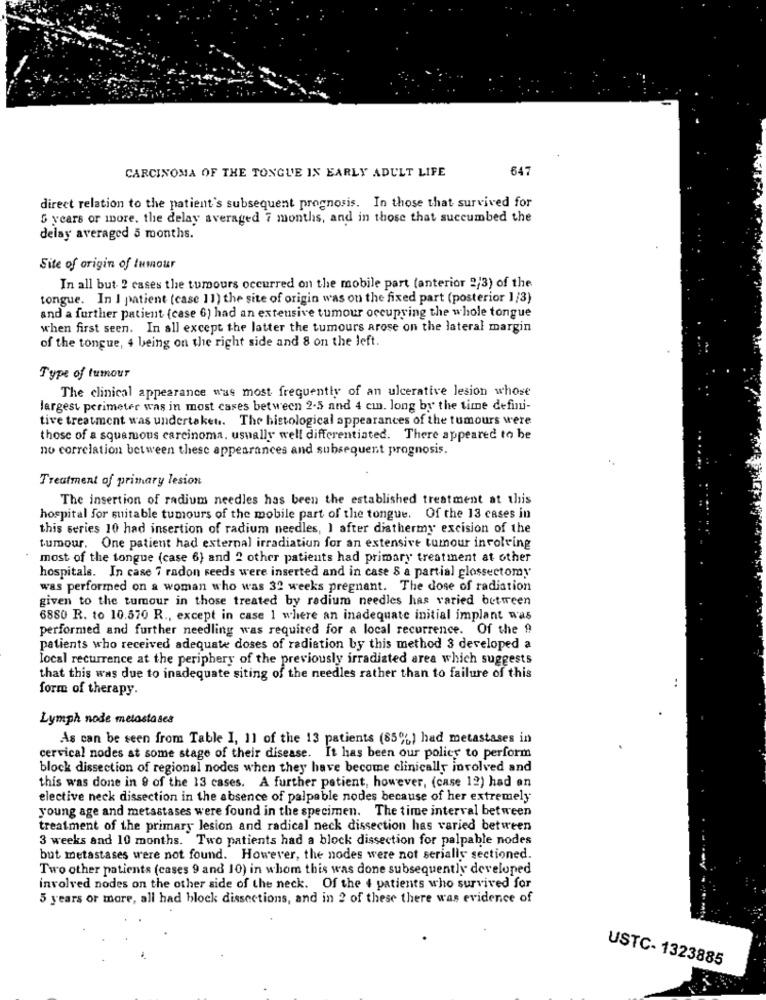
647
CARCINOMA OF THE TONGUE IN EARLY ADULT LIFE
direct relation to the patient's subsequent prognosis. In those that survived for
5 years or more. the delay averaged 7 months, and in those that succumbed the
delay averaged 5 months.
Site of origin of Iumour
In all but- 2 cases the tumours occurred on the mobile part (anterior 2/3) of the
tongue. In I patient (case 11) the site of origin was on the fixed part (posterior 1/3)
and a further patient (case 6) had an extensive tumour occupying the whole tongue
when first seen. In all except the latter the tumours arose on the lateral margin
of the tongue, 4 being on the right side and 8 on the left.
Type of tumour
The clinical appearance was most frequently of an ulcerative lesion whose
largest perimeter was in most cases between 2.5 and 4 cm. long by the time defini-
tive treatment was undertaken. The histological appearances of the tumours were
those of a squamous carcinoma. usually well differentiated. There appeared to be
no correlation between these appearances and subsequent prognosis.
Treatment of primary lesion
The insertion of radium needles has been the established treatment at this
hospital for suitable tumours of the mobile part of the tongue. Of the 13 cases in
this series 10 had insertion of radium needles, I after diathermy excision of the
tumour. One patient had external irradiation for an extensive tumour involving
most of the tongue (case 6) and 2 other patients had primary treatment at other
hospitals. In case 7 radon seeds were inserted and in case 8 a partial glossectomy
was performed on a woman who was 32 weeks pregnant. The dose of radiation
given to the tumour in those treated by radium needles has varied between
6880 R. to 10.570 R ., except in case 1 where an inadequate initial implant was
performed and further needling was required for a local recurrence. Of the 9
patients who received adequate doses of radiation by this method 3 developed a
local recurrence at the periphery of the previously irradiated area which suggests
that this was due to inadequate siting of the needles rather than to failure of this
..
form of therapy.
Lymph node metastases
As can be seen from Table I, 1] of the 13 patients (85%) had metastases in
cervical nodes at some stage of their disease. It has been our policy to perform
block dissection of regional nodes when they have become clinically involved and
this was done in 9 of the 13 cases. A further patient, however, (case 12) had an
elective neck dissection in the absence of palpable nodes because of her extremely
young age and metastases were found in the specimen. The time interval between
treatment of the primary lesion and radical neck dissection has varied between
3 weeks and 10 months. Two patients had a block dissection for palpable nodes
but metastases were not found. However, the nodes were not serially sectioned.
Two other patients (cases 9 and 10) in whom this was done subsequently developed
involved nodes on the other side of the neck. Of the 4 patients who survived for
5 years or more, all had block dissections, and in 2 of these there was evidence of
USTC- 1323885